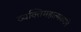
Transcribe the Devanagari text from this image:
व्यक्तिमहात्मवर्णने